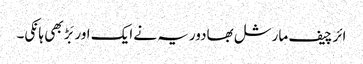
ائر چیف مارشل بھادوریہ نے ایک اور بَڑ بھی ہانکی۔